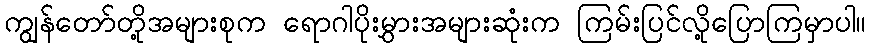
ကျွန်တော်တို့အများစုက ရောဂါပိုးမွှားအများဆုံးက ကြမ်းပြင်လို့ပြောကြမှာပါ။